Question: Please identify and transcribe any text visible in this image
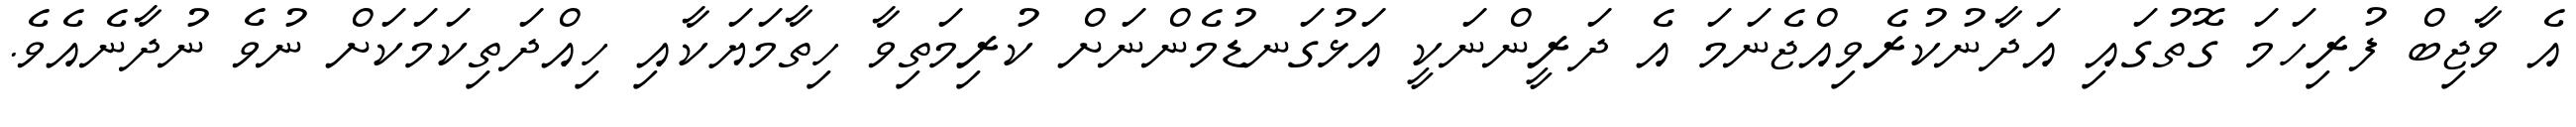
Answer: އެ ވާޖިބް ފުރިހަމަ ގޮތުގައި އަދާނުކުރެވިއްޖެނަމަ އެ ދަރީންނަކީ އަޅުގަނޑުމެންނަށް ކުރިމަތިވާ ހިތާމަޔަކާއި ހިއްދަތިކަމަކަށް ނުވެ ނުދާނެއެވެ.